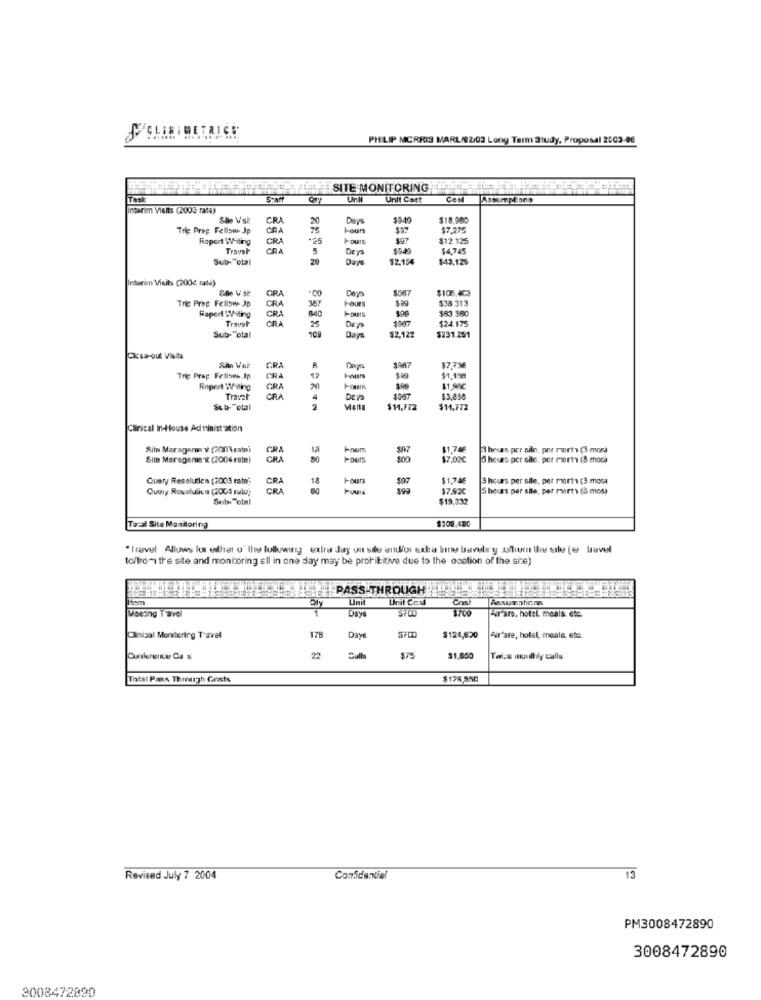
PHILIP MORRIS MARL/02/03 Long Term Study, Proposal 2003-06
IT SITE MONITORING
5%off
Qry
Unil
Unit Cost
CeMi
Assumptions
Interim Visits (2005 rate)
She Vsk
CRA
20
Days
39-40
$18,980
Tric Prep Fellow Jp
CRA
75
I-ours
$7,275
Report Whiting
CRA
Hours
$12 125
Travel
CRA
5
Deys
59.49
$4,745
Sub- Total
20
Days
$2.154
$43,125
Interim Visits (200g cata)
CRA
Days
1067
$105.403
Tric Prep Fellow Jp
CRA
387
Hours
$38.313
CRA
$83 380
Raport Wiling
Travel
ORA
840
$24.175
25
$2,122
Sub- Total
Days
$231.251
CIcsa-out Visits
1987
CRA
$7,73€
Tric Prap Fellses Ip
CRA
$1,198
Report Writing
GRA
199
11,99C
Traval
GRA
Days
$3,858
Sub- Total
2
Menta
$11,772
$11,772
Clinical In-House Administration
Sito Maragama v COMArati
GRA
FOum
587
$1,746
hess por sile, por morta (3 mosa
Site Marsgeme z (2006 rate)
GRA
80
Pours
800
$7,02€
5 hours per elle. per mworth (8 moch
Query Resolutien (2003 rate"
CRA
18
Four
$97
$1,746
3 hours per sile, per morta (3 most
Curly Revolulien (2004 ralu;
CRA
$7.92C
5 hours per site, per morts (à mos)
Sub Total
$19,332
$308.486
Total Site Monitoring
* Trarvul Allows los either u" Ile following extra day on sile and/or extra bine bavels'y allium the silo (u havel
to/from the site and monitoring all in one day may be prohibitive due to the ocation of the sie)
Hrm
Unit Cord
Assumptions
1
Days
$700
Ar'ars, hotel meals. etc.
Meeting Travel
178
Clinical Monitering Travel
Days
$124,620
Airfare, hotel, meals, etc.
22
575
$1,850
Talou muull dy calls
Total Pans Though Gouts
$176,350
Revised July 7 2004
Confidential
13
PM3008472890
3008472890
3008472890